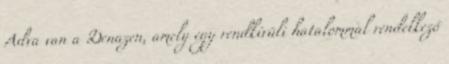
Adva van a Denazen, amely egy rendkívüli hatalommal rendelkező